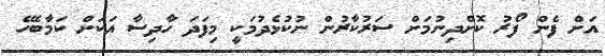
އަށް ފެން ފޯރު ކޮށްދިނުމަށް ސަރުކާރުން ނުކުޅެދުމަކީ މިފަދަ ހާދިސާ އަކަށް ކަމާބެހޭ